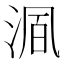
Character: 𬇺